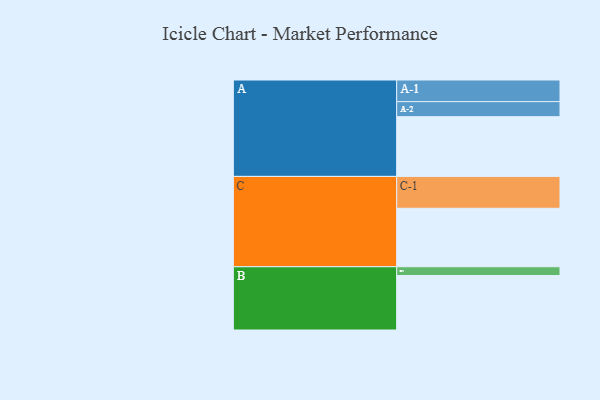
{"axis": {"x": "Segment", "y": "Value"}, "legend": ["", "A", "B", "C"], "data": [{"x": "A", "y": 373, "type": ""}, {"x": "B", "y": 340, "type": ""}, {"x": "C", "y": 365, "type": ""}, {"x": "A-1", "y": 135, "type": "A"}, {"x": "A-2", "y": 94, "type": "A"}, {"x": "B-1", "y": 55, "type": "B"}, {"x": "C-1", "y": 199, "type": "C"}]}